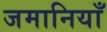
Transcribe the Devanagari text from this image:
जमानियाँ